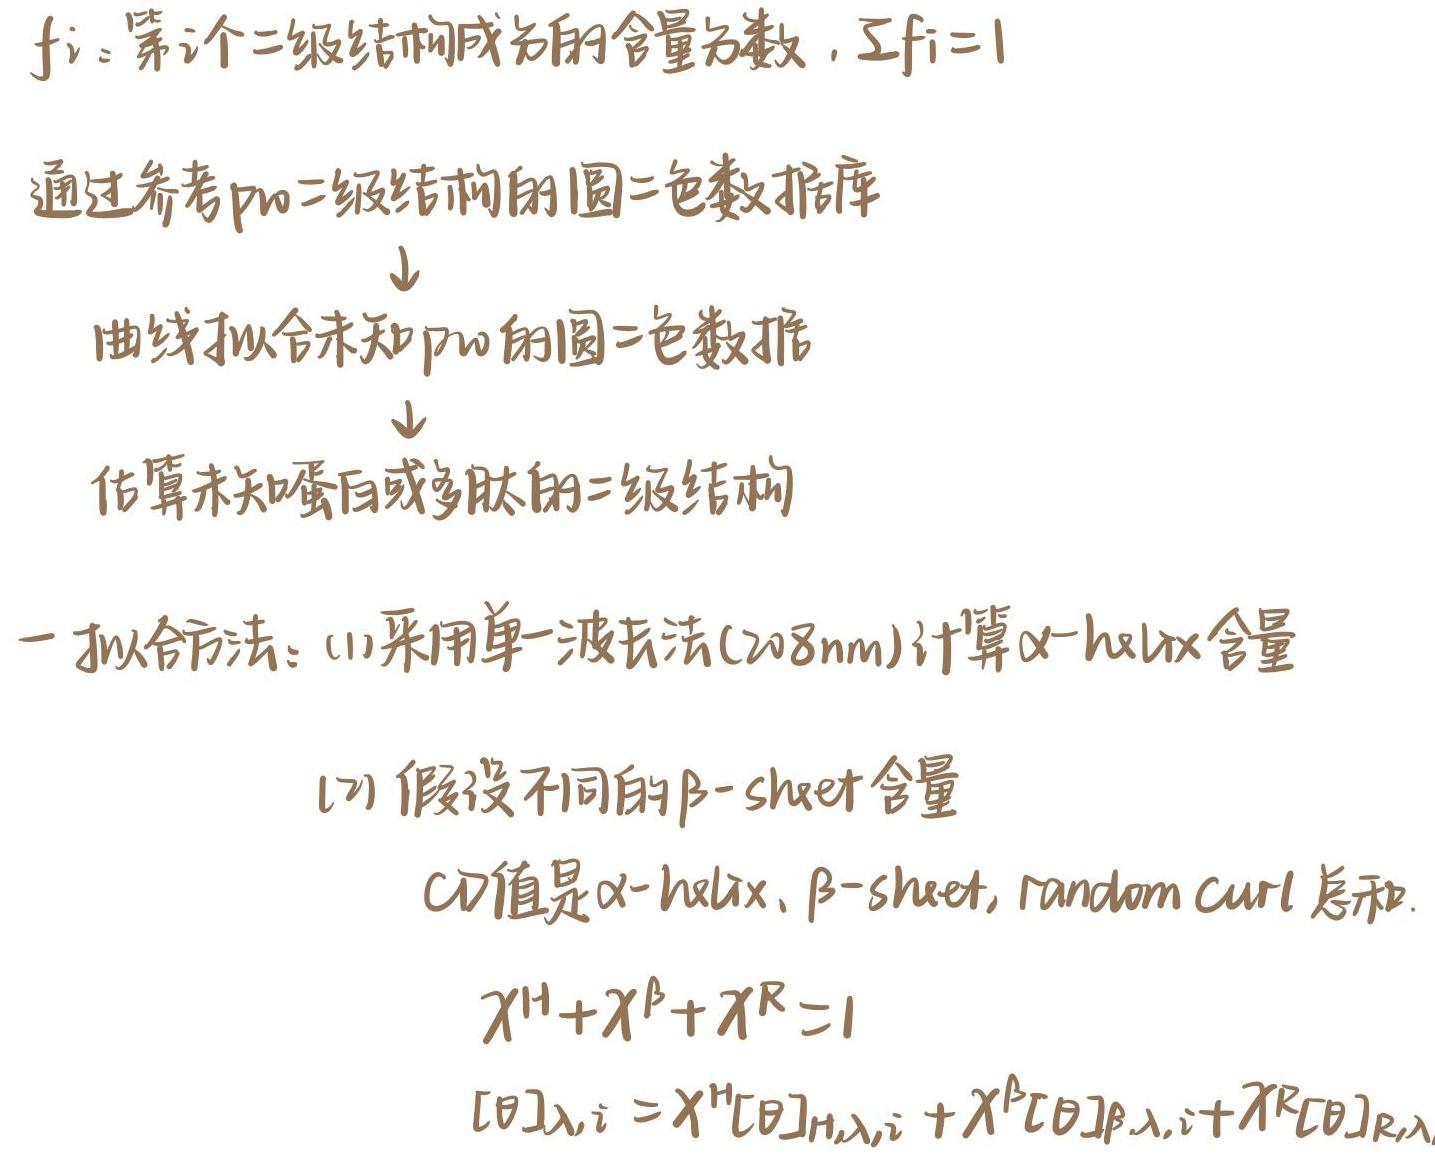
$f_i$：第$i$个二级结构成分的含量分数，$\sum f_i = 1$

通过参考已知二级结构的圆二色数据库
$\downarrow$

曲线拟合未知蛋白的圆二色数据
$\downarrow$

估算未知蛋白或多肽的二级结构

一拟合方法：(1)采用单一波长法(208nm)计算$\alpha - helix$含量

(2) 假设不同的$\beta - sheet$含量

$CD$值是$\alpha - helix$、$\beta - sheet$, random curl 总和.

$\chi^{H}+\chi^{\beta}+\chi^{R}=1$

$[\theta]_{\lambda,i}=\chi^{H}[\theta]_{H,\lambda,i}+\chi^{\beta}[\theta]_{\beta,\lambda,i}+\chi^{R}[\theta]_{R,\lambda}$